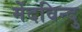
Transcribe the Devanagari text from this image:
मेंदविन्दु